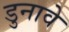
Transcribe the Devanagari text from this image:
डुनावे